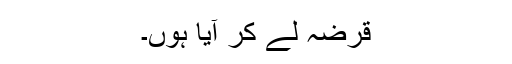
قرضہ لے کر آیا ہوں۔